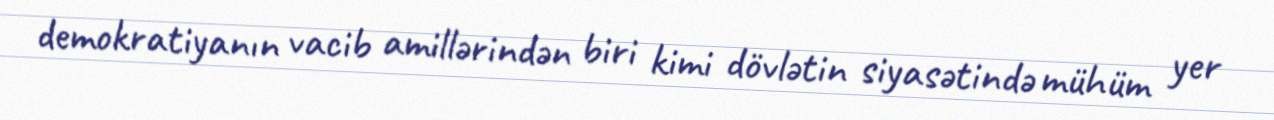
demokratiyanın vacib amillərindən biri kimi dövlətin siyasətində mühüm yer